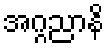
အဂ္ဂညာနိ